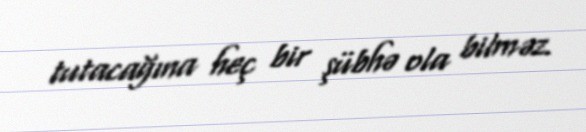
tutacağına heç bir şübhə ola bilməz.